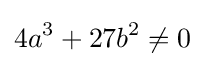
4a^{3}+27b^{2}\not =0